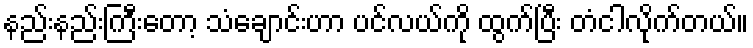
နည်းနည်းကြီးတော့ သံချောင်းဟာ ပင်လယ်ကို ထွက်ပြီး တံငါလိုက်တယ်။